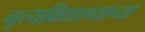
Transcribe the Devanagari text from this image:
नृत्यविद्यालयाच्या